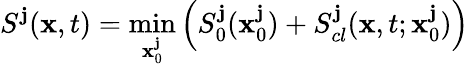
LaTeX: S^{\mathbf{j}}(\textbf{{x}},t)=\operatorname*{min}_{\textbf{{x}}_{0}^{\mathbf{j}}}\left(S_{0}^{\mathbf{j}}(\textbf{{x}}_{0}^{\mathbf{j}})+S_{cl}^{\mathbf{j}}(\textbf{{x}},t;\textbf{{x}}_{0}^{\mathbf{j}})\right)